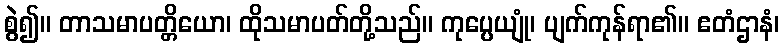
စွဲ၍။ တာသမာပတ္တိယော၊ ထိုသမာပတ်တို့သည်။ ကုပ္ပေယျုံ၊ ပျက်ကုန်ရာ၏။ ဧတံဌာနံ၊